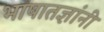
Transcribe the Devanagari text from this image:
भाषातज्ञांनी